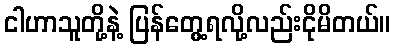
ငါဟာသူတို့နဲ့ ပြန်တွေ့ရလို့လည်းငိုမိတယ်။